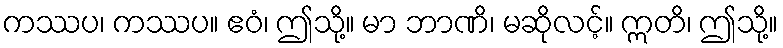
ကဿပ၊ ကဿပ။ ဧဝံ၊ ဤသို့။ မာ ဘာဏိ၊ မဆိုလင့်။ ဣတိ၊ ဤသို့။